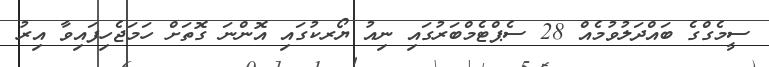
ސީމެގްގެ ބައްދަލުވުމެއް 28 ސެޕްޓެމްބަރުގައި ނިއު ޔޯރކުގައި އޮންނަ ގޮތަށް ހަމަޖެހިފައިވާ އިރު